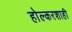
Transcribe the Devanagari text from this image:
होल्करशाही